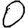
Digit: 0